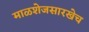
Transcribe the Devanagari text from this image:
माळशेजसारखेच